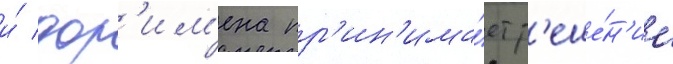
и́ дор'им'ена пр'ин'има́ет р'еше́н'ие